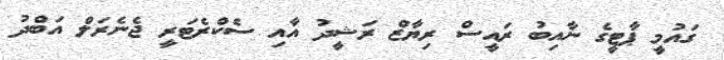
ގައުމީ ޕާޓީގެ ނާއިބު ރައީސް ރިޔާޒް ރަޝީދު އާއި ސެކްރެޓަރީ ޖެނެރަލް އަބްދު